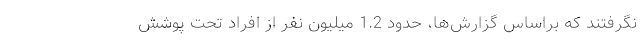
نگرفتند که براساس گزارش‌ها، حدود 1.2 میلیون نفر از افراد تحت پوشش